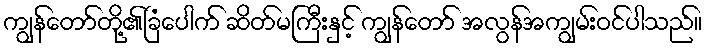
ကျွန်တော်တို့၏ခြံပေါက် ဆိတ်မကြီးနှင့် ကျွန်တော် အလွန်အကျွမ်းဝင်ပါသည်။